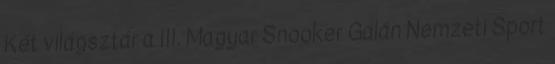
Két világsztár a III. Magyar Snooker Gálán Nemzeti Sport